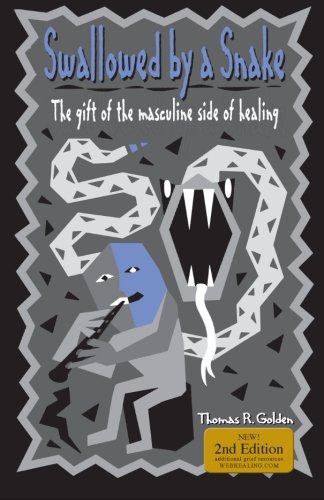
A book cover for Swallowed by a Snake: The Gift of the Masculine Side of Healing; Thomas R. Golden; Health, Fitness & Dieting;